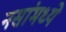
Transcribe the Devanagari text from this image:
नसांमध्ये